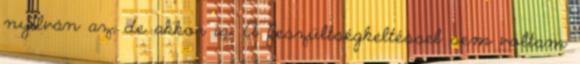
nyilván az, de akkor is. A feszültségkeltéssel sem voltam